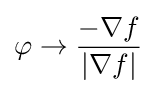
\varphi \to {\frac {-\nabla f}{\left|\nabla f\right|}}